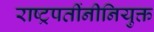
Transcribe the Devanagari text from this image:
राष्ट्रपतींनीनियुक्त